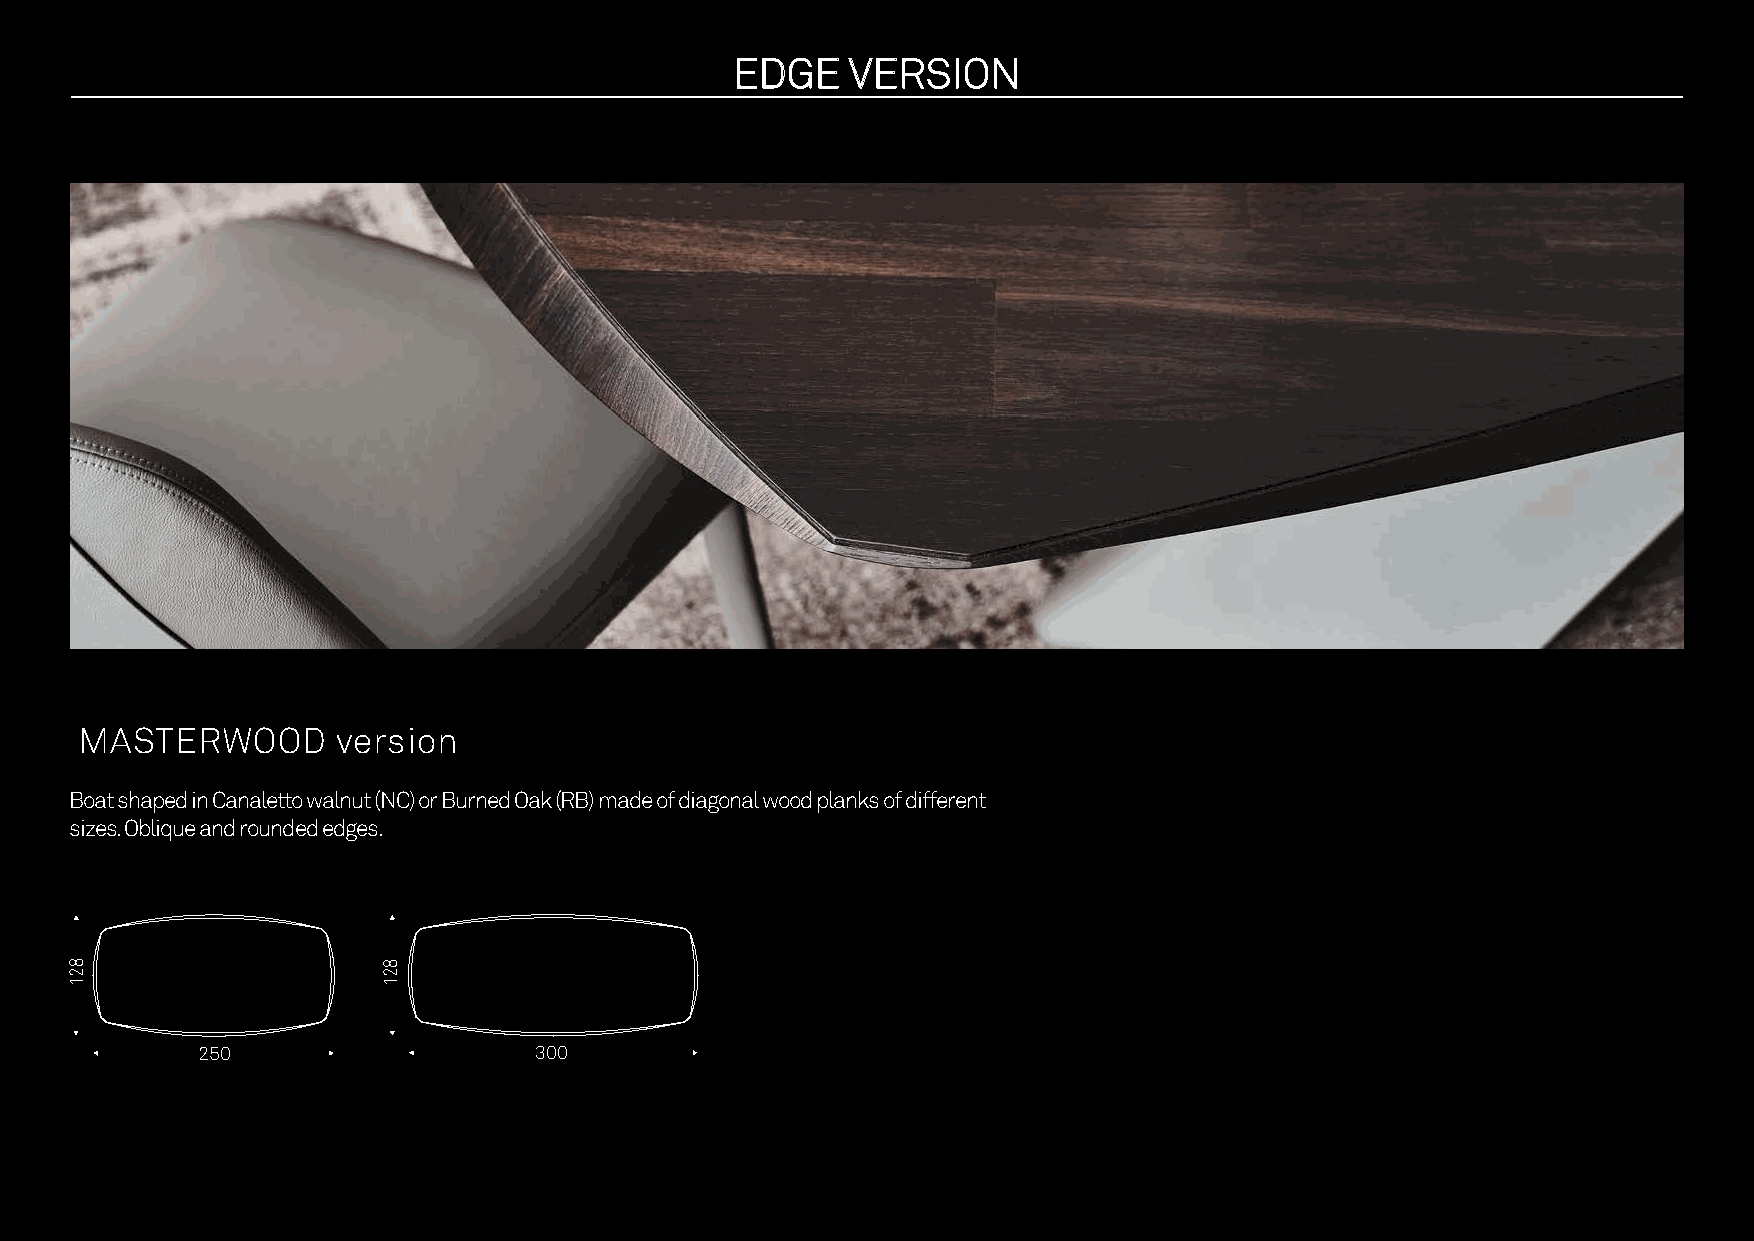
EEDDGGEE VVEERRSSIIOONN
 MASTERWOOD       version
 Boat shaped in Canaletto walnut (NC) or Burned Oak (RB) made of diagonal wood planks of different
 sizes. Oblique and rounded edges.
 250                   300
 821                 821